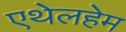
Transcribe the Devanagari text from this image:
एथेलहेम